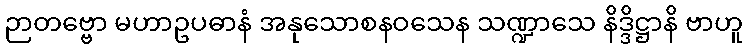
ဉာတဗ္ဗော မဟာဥပဓာနံ အနုသောစနဝသေန သဏ္ဍာသေ နိဒ္ဒိဋ္ဌာနိ ဗာဟူ